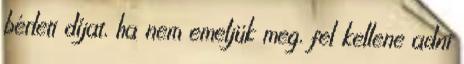
bérleti díjat, ha nem emeljük meg, fel kellene adni